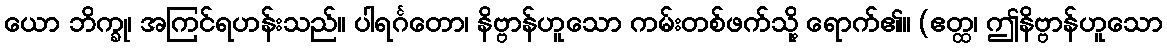
ယော ဘိက္ခု၊ အကြင်ရဟန်းသည်။ ပါရင်္ဂတော၊ နိဗ္ဗာန်ဟူသော ကမ်းတစ်ဖက်သို့ ရောက်၏။ (ဧတ္ထ၊ ဤနိဗ္ဗာန်ဟူသော